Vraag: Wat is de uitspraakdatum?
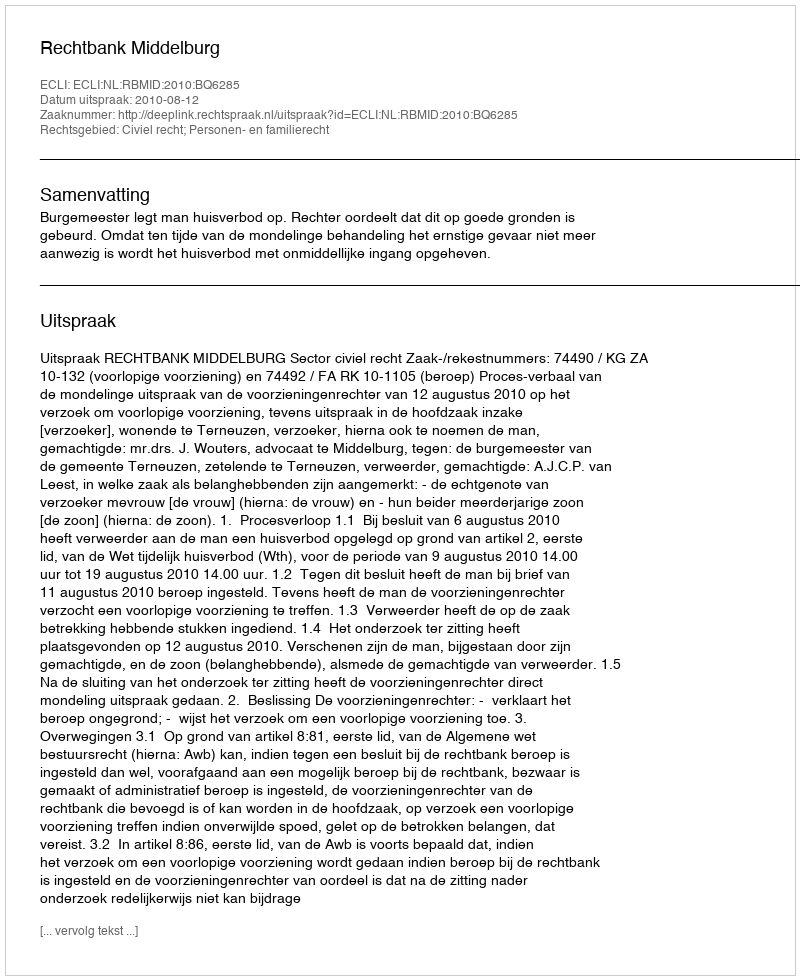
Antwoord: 2010-08-12